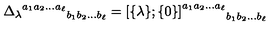
{ { \Delta _ { \lambda } } ^ { a _ { 1 } a _ { 2 } \ldots a _ { \ell } } } _ { b _ { 1 } b _ { 2 } \ldots b _ { \ell } } = { { [ } { \{ } \lambda { \} } ; { \{ } 0 { \} } { ] } ^ { a _ { 1 } a _ { 2 } \ldots a _ { \ell } } } _ { b _ { 1 } b _ { 2 } \ldots b _ { \ell } }